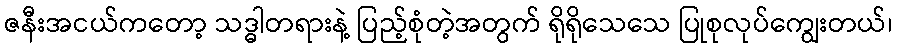
ဇနီးအငယ်ကတော့ သဒ္ဓါတရားနဲ့ ပြည့်စုံတဲ့အတွက် ရိုရိုသေသေ ပြုစုလုပ်ကျွေးတယ်၊